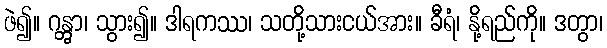
ဖဲ၍။ ဂန္တွာ၊ သွား၍။ ဒါရကဿ၊ သတို့သားငယ်အား။ ခီရံ၊ နို့ရည်ကို။ ဒတွာ၊